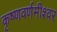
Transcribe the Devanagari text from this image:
कृष्णवर्णमीश्वर